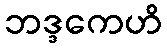
ဘဒ္ဒကေဟိ